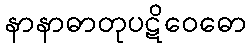
နာနာဓာတုပဋိဝေဓော